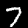
Digit: 7